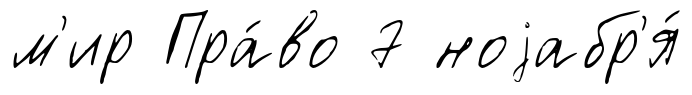
м'ир Пра́во 7 ноjабр'я́